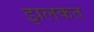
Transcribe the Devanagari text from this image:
झलकत